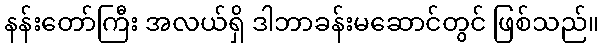
နန်းတော်ကြီး အလယ်ရှိ ဒါဘာခန်းမဆောင်တွင် ဖြစ်သည်။